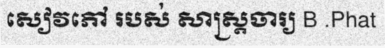
សៀវភៅ របស់ សាស្ត្រចារ្យ B .Phat